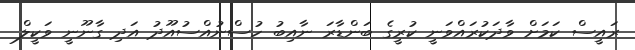
ރައީސް ކަމަށް ވާދަކުރައްވަނީ ކުރީގެ ބަންޑާރަ ނާއިބު ހުސްނުއްސުއޫދު އަދި ގާނޫނީ ވަކީލް